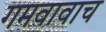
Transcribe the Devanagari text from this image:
गमवावाच